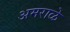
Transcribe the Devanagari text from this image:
अमराळे